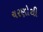
ચરણોથી